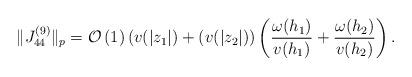
LaTeX: \begin{align*}\Vert J_{44}^{\left( 9\right) }\Vert _{p}=\mathcal{O}\left( 1\right)(v(|z_{1}|)+(v(|z_{2}|))\left( \frac{\omega (h_{1})}{v(h_{1})}+\frac{\omega(h_{2})}{v(h_{2})}\right) . \end{align*}